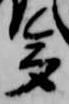
多